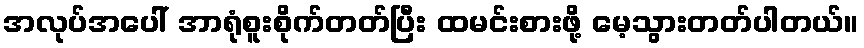
အလုပ်အပေါ် အာရုံစူးစိုက်တတ်ပြီး ထမင်းစားဖို့ မေ့သွားတတ်ပါတယ်။